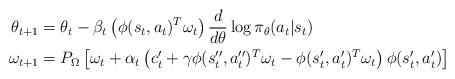
LaTeX: \begin{align*} \theta_{t+1} & = \theta_t - \beta_t \left( \phi(s_t, a_t)^T \omega_t \right) \frac{d}{d \theta} \log \pi_{\theta} (a_t|s_t) \\ \omega_{t+1} & = P_{\Omega} \left[ \omega_t + \alpha_t \left(c_t' + \gamma \phi(s_t'', a_t'')^T \omega_t - \phi(s_t',a_t')^T \omega_t \right) \phi(s_t', a_t') \right] \end{align*}